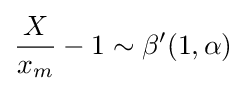
{\dfrac {X}{x_{m}}}-1\sim \beta ^{\prime }(1,\alpha )